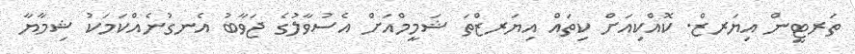
ތަރޓީން އިޔަރޒް. ކޮއްކިއަށް ކިތައް އިޔަރޒްތަ ޝަމީމްއަށް އެސުވާލުގެ ޖަވާބު އެނގުނެއްކަމަކު ޝިމާޔާ